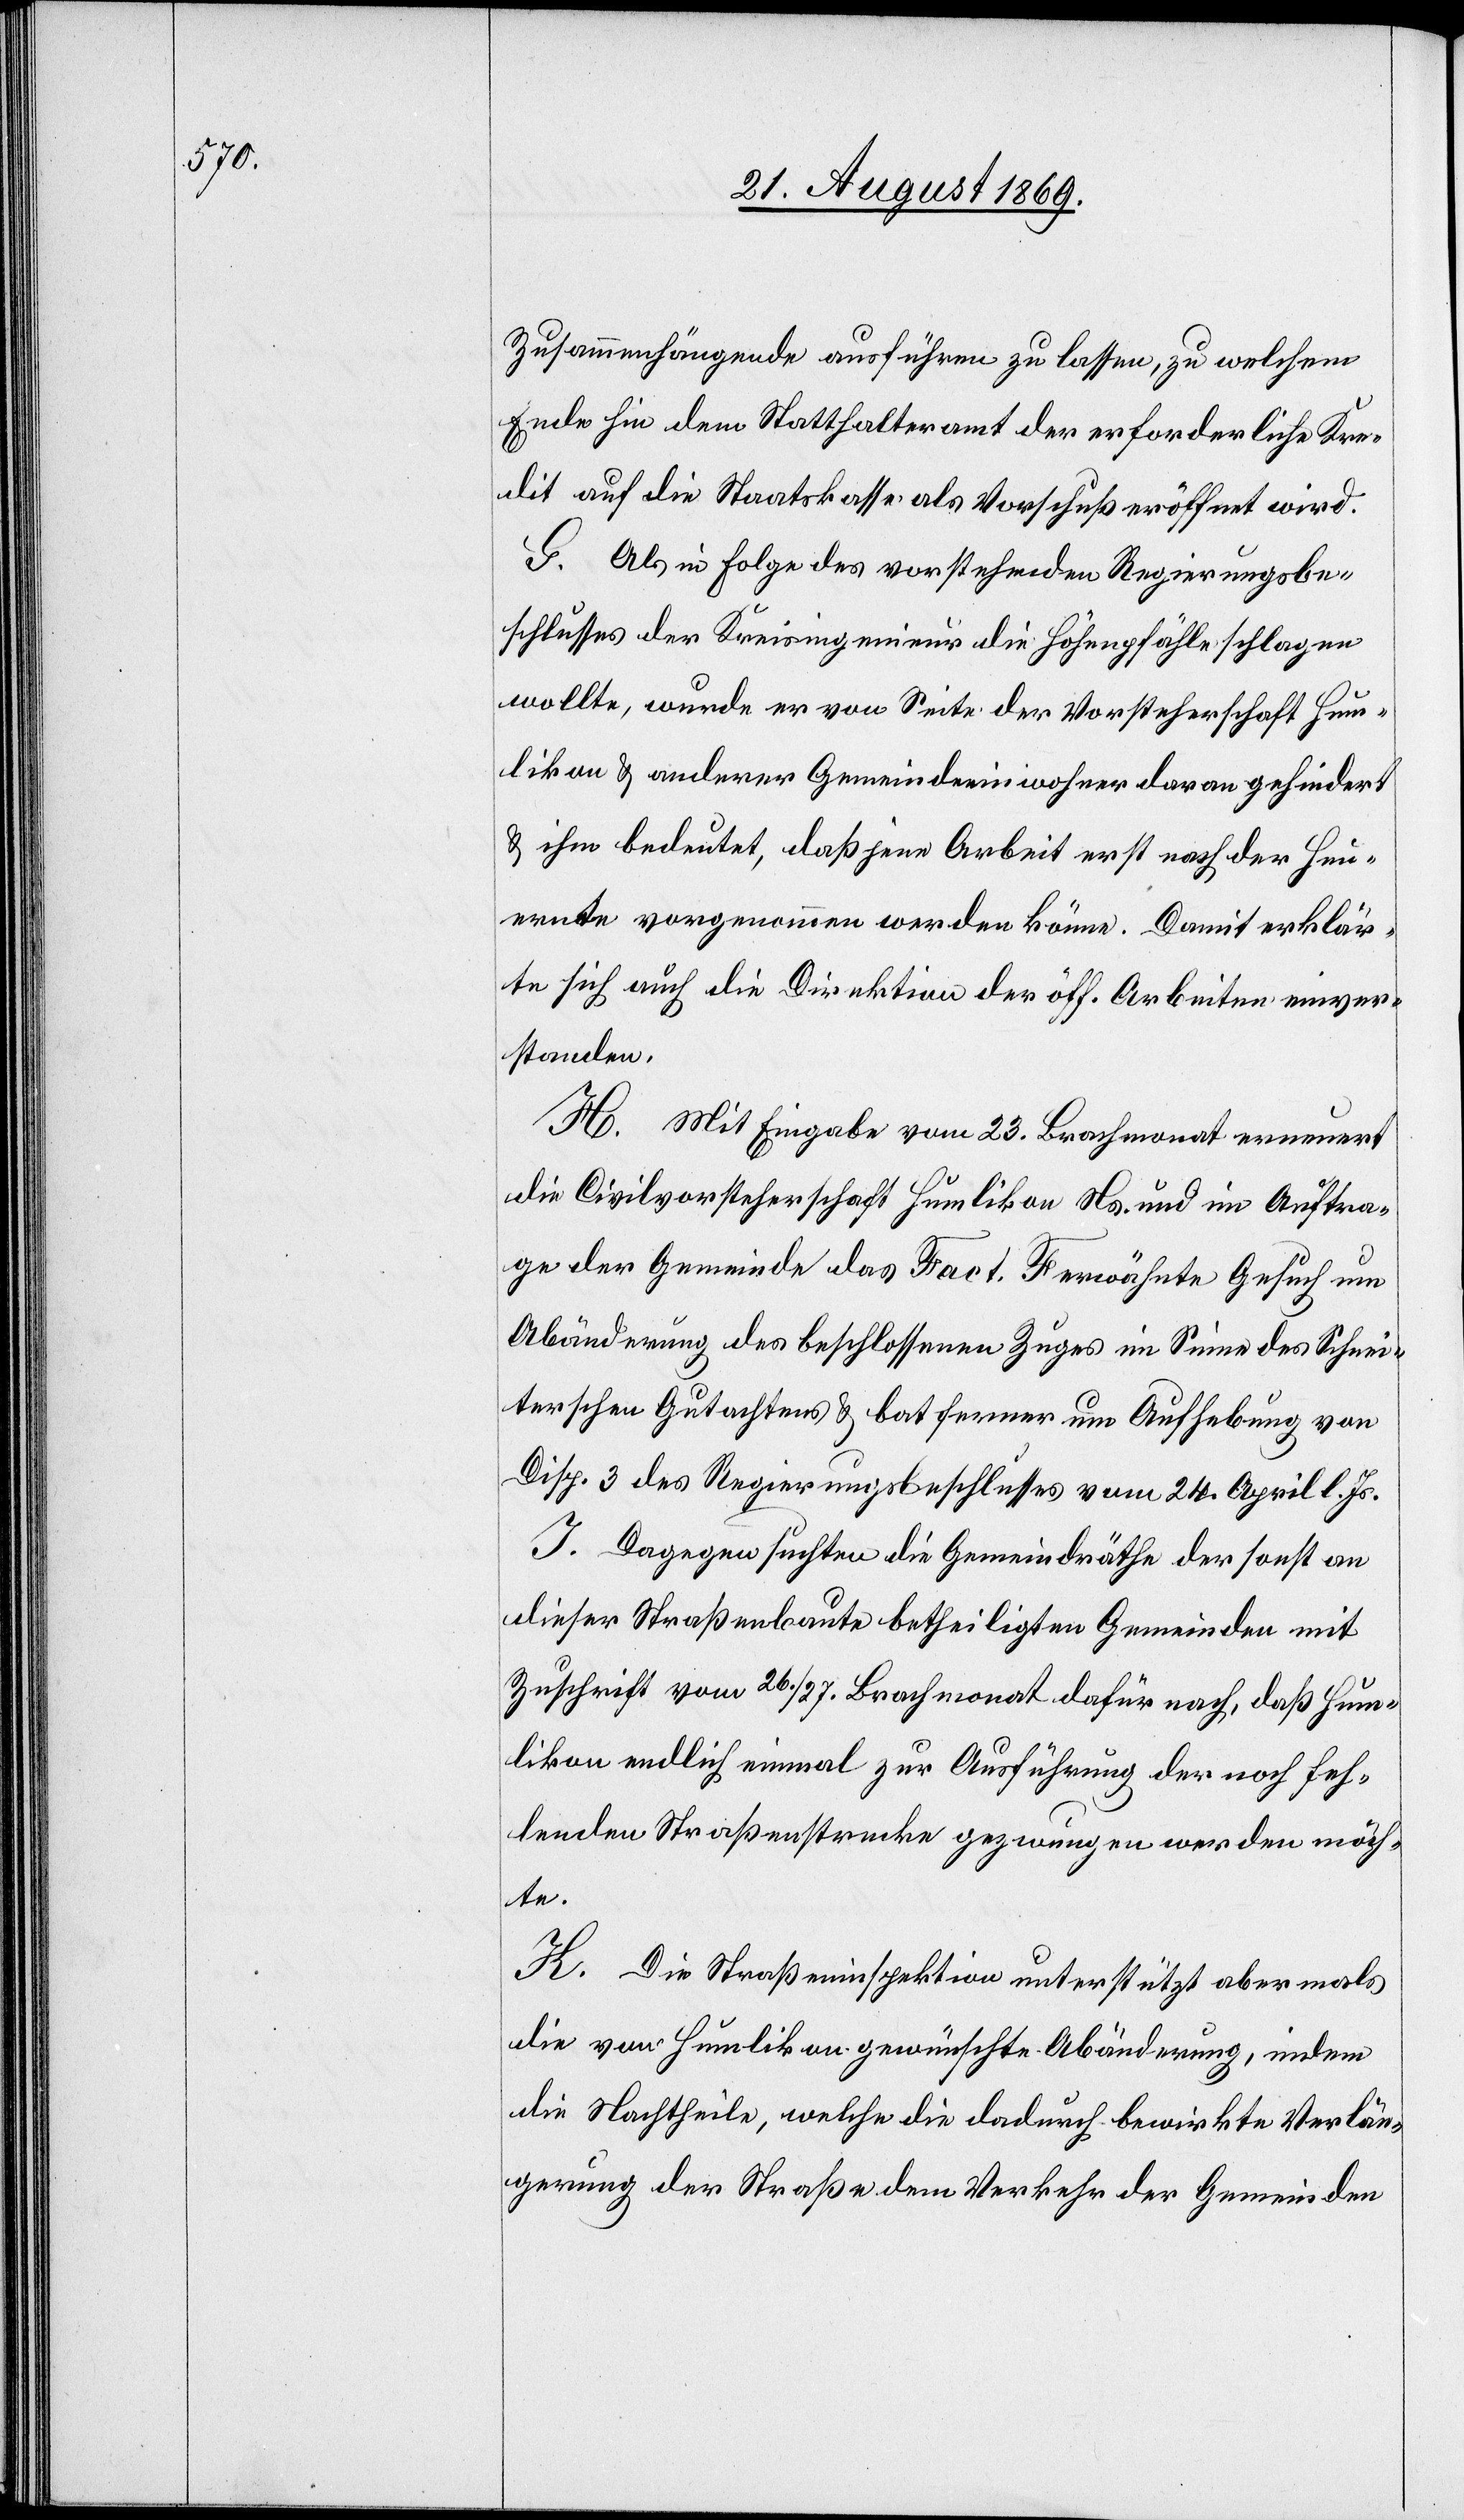
Zusammenhängende ausführen zu lassen, zu welchem
Ende hin dem Statthalteramt der erforderliche Kre¬
dit auf die Staatskasse als Vorschuß eröffnet wird.
G. Als in Folge des vorstehenden Regierungsbe¬
schlusses der Kreisingenieur die Höhenpfähle schlagen
wollte, wurde er von Seite der Vorsteherschaft Hum¬
likon & anderer Gemeindeeinwohner daran gehindert
& ihm bedeutet, daß jene Arbeit erst nach der Heu¬
ernte vorgenommen werden könne. Damit erklär¬
te sich auch die Direktion der öff. Arbeiten einver¬
standen.
H. Mit Eingabe vom 23. Brachmonat erneuert
die Civilvorsteherschaft Humlikon Ns. und im Auftra¬
ge der Gemeinde das [in] Fact. F erwähnte Gesuch um
Abänderung des beschlossenen Zuges im Sinne des Schnei¬
terschen Gutachtens & bat ferner um Aufhebung von
Disp. 3 des Regierungsbeschlusses vom 24. April l. Js.
I. Dagegen suchten die Gemeindräthe der sonst an
dieser Straßenbaute betheiligten Gemeinden mit
Zuschrift vom 26./27. Brachmonat dafür nach, daß Hum¬
likon endlich einmal zur Ausführung der noch feh¬
lenden Straßenstrecke gezwungen werden möch¬
te.
K. Die Straßeninspektion unterstützt abermals
die von Humlikon gewünschte Abänderung, indem
die Nachtheile, welche die dadurch bewirkte Verlän¬
gerung der Straße dem Verkehr der Gemeinden